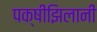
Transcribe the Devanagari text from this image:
पक्षीझिलानी